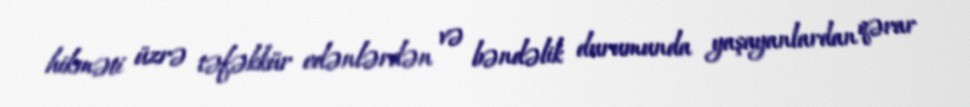
hikməti üzrə təfəkkür edənlərdən və bəndəlik durumunda yaşayanlardan qərar